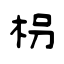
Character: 枴